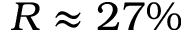
R \approx 2 7 \%